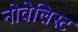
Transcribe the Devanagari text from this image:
नोवेलिस्ट